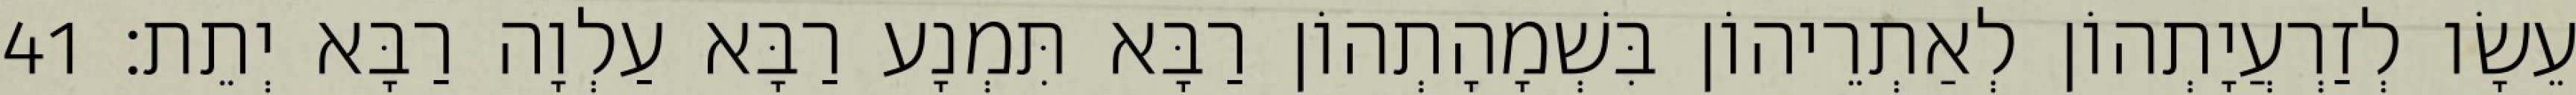
עֵשָׂו לְזַרְעֲיָתְהוֹן לְאַתְרֵיהוֹן בִּשְׁמָהָתְהוֹן רַבָּא תִּמְנָע רַבָּא עַלְוָה רַבָּא יְתֵת׃ 41